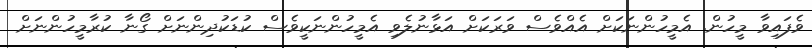
ވެފައިވާ މީހުން. އެމީހުންނަކަށް އެއްވެސް ވަރަކަށް އަޅާނުލެވި އެމީހުންނަކީވެސް ކުޑަކުދިންނަށް ގޯނާ ކުރާމީހުންނަށް